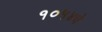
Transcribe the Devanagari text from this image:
१०५४चे